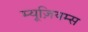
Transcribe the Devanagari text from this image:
म्यूज़ियम्स